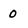
Character: 0